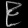
Digit: ၉